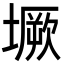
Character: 㙭